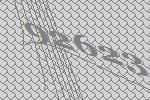
92623